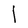
Character: l